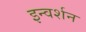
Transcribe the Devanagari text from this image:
इन्वर्शन